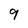
Character: 9